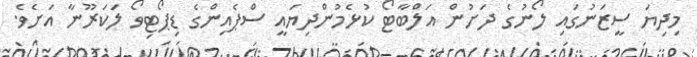
މިދިޔަ ސީޒަނުގައި ލޯނުގެ ދަށުން އަލްބާޓޯ ކުޅެމުންދިޔައީ ސްޕެއިންގެ ޑިޕޯޓިވޯ ލަކަރޫނާ އަށެވެ.